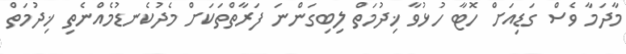
މާދަމާ ވެސް ގަޑިއަށް ހޮޓާ ހުޅުވާ ޚިދުމަތް ލިބިގަންނަ ފަރާތްތަކަށް މެދުކެނޑުމެއްނެތި ޚިދުމަތް